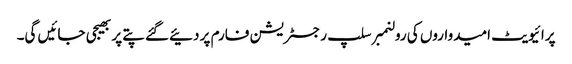
پرائیویٹ امیدواروں کی رولنمبر سلپ رجسٹریشن فارم پر دئیےگئے پتے پر بھیجی جائیں گی۔